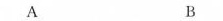
A B